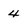
Character: 4